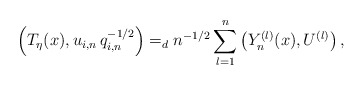
\begin{align*}\left( T_{\eta }(x),u_{i,n}\,q_{i,n}^{-1/2}\right)=_{d}n^{-1/2}\sum_{l=1}^{n}\left( Y_{n}^{(l)}(x),U^{(l)}\right) ,\end{align*}